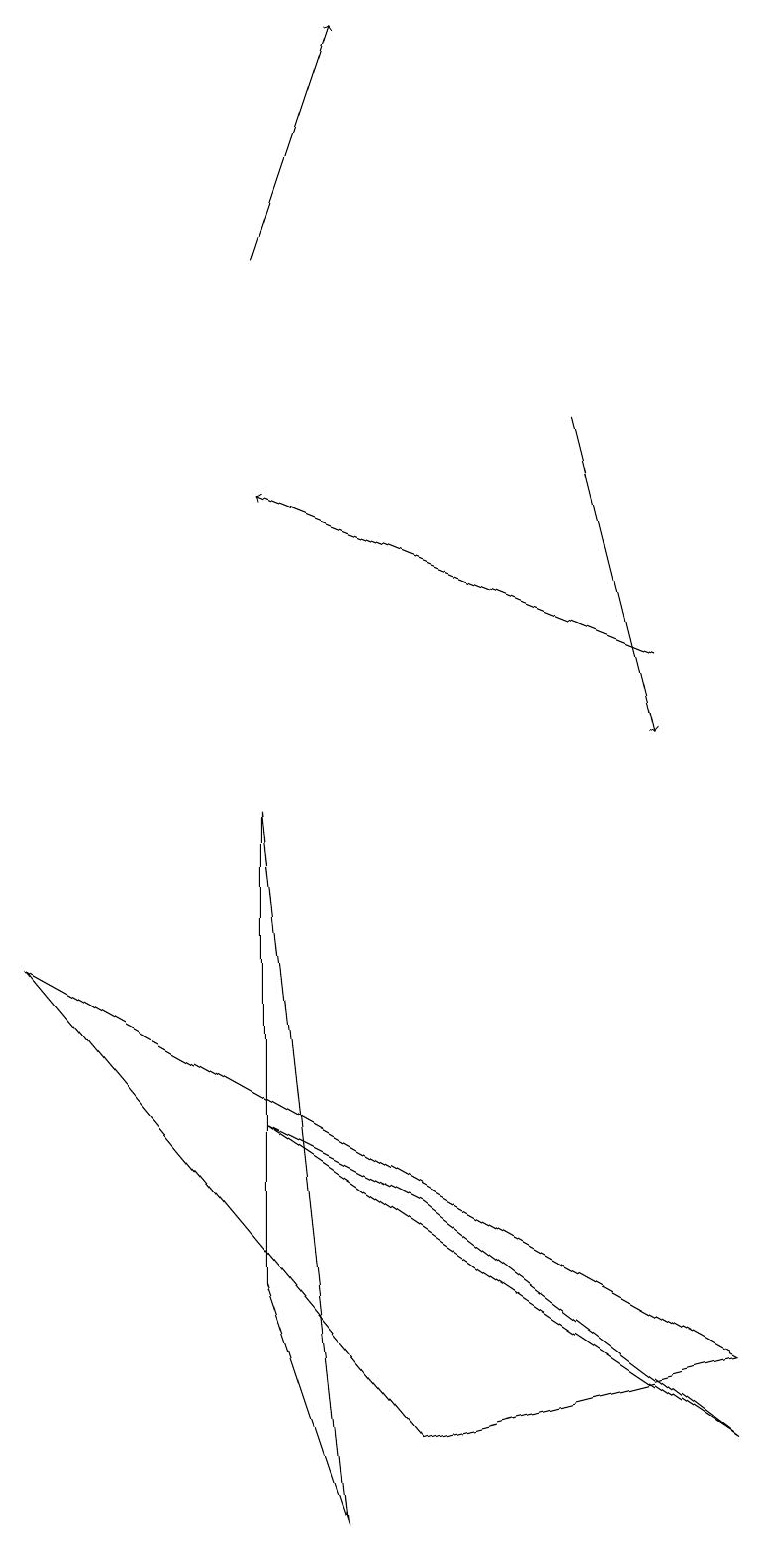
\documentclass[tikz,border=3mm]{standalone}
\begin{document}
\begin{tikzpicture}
\draw (5,1) -- (0,7) -- (9,2) -- cycle;
\draw[->] (7,14) -- (8,10);
\draw[->] (8,11) -- (3,13);
\draw[->] (3,16) -- (4,19);
\draw (3,9) -- (3,3) -- (4,0) -- cycle;
\draw (5,4) -- (3,5) -- (9,1) -- cycle;
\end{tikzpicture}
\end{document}